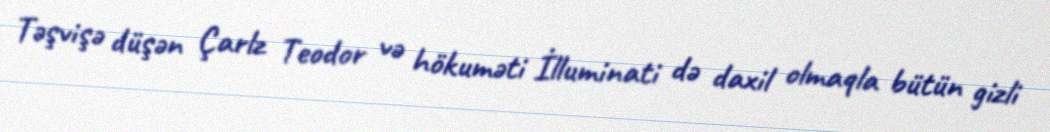
Təşvişə düşən Çarlz Teodor və hökuməti İlluminati də daxil olmaqla bütün gizli